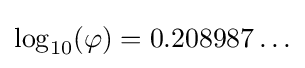
\log _{10}(\varphi )=0.208987\ldots